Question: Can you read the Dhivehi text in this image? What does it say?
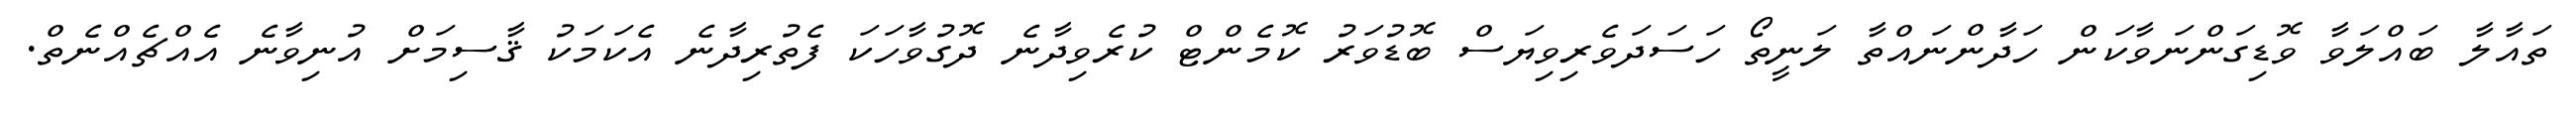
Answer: ތައާލާ ބައްލަވާ ވޮޑިގަންނަވާކަން ހަދާންނައްތާ ލަނީތޯ ހަސަދަވެރިވިޔަސް ބޮޑުވަރު ކޮމެންޓް ކުރެވިދާނެ ދޮގުވާހަކަ ފެތުރިދާނެ އެކަމަކު ޤާސިމަށް އުނިވާނެ އެއްޗެއްނެތް.